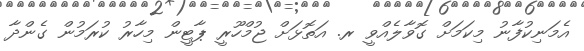
އެމަނިކުފާނު މިކަމަށް ގޮވާލެއްވީ ރ. އަތޮޅަށް ޖުމްހޫރީ ޕާޓީން މިހާރު ކުރަމުން ގެންދާ